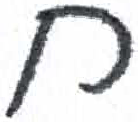
אות: ח